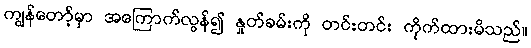
ကျွန်တော့်မှာ အကြောက်လွန်၍ နှုတ်ခမ်းကို တင်းတင်း ကိုက်ထားမိသည်။